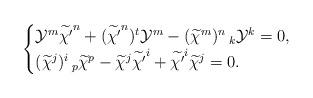
LaTeX: \begin{align*}\begin{cases} \mathcal{Y}^{m}\widetilde{\chi'}^{n}+(\widetilde{\chi'}^{n})^{t}\mathcal{Y}^{m}-(\widetilde{\chi}^{m})^{n}\,_{k}\mathcal{Y}^{k}=0,\cr (\widetilde{\chi}^{j})^{i}\,_{p}\widetilde{\chi}^{p}-\widetilde{\chi}^{j}\widetilde{\chi'}^{i}+\widetilde{\chi'}^{i}\widetilde{\chi}^{j}=0.\end{cases}\end{align*}